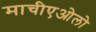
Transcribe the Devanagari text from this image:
माचीएओलो